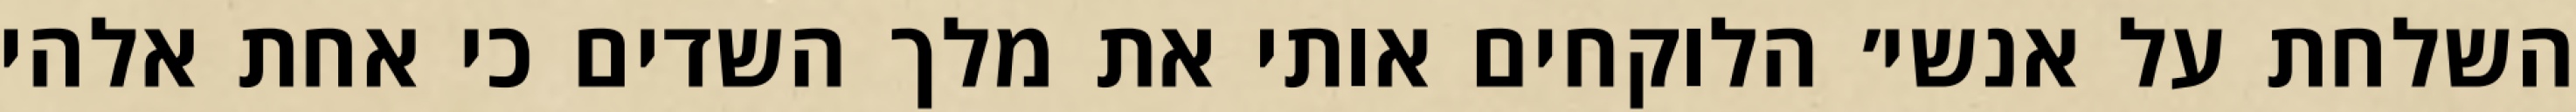
השלחת על אנשי׳ הלוקחים אותי את מלך השדים כי אחת אלהי